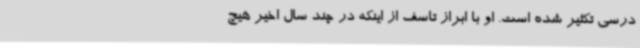
درسی تکثیر شده است. او با ابراز تاسف از اینکه در چند سال اخیر هیچ